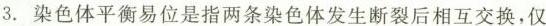
3.染色体平衡易位是指两条染色体发生断裂后相互交换，仅